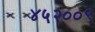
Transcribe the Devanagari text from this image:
४५२००९